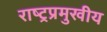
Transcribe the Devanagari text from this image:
राष्ट्रप्रमुखीय